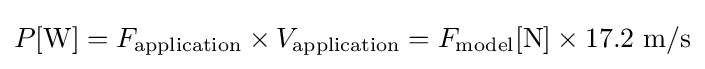
P[\mathrm {W} ]=F_{\text{application}}\times V_{\text{application}}=F_{\text{model}}[\mathrm {N} ]\times 17.2\ \mathrm {m/s}